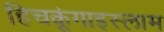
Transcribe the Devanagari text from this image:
हिचकूंगाइस्लाम